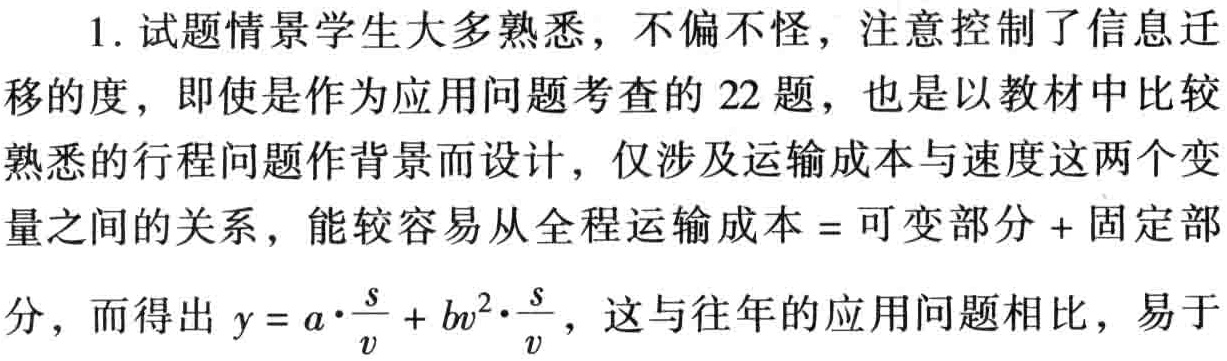
1. 试题情景学生大多熟悉，不偏不怪，注意控制了信息迁

移的度，即使是作为应用问题考查的 22 题，也是以教材中比较

熟悉的行程问题作背景而设计，仅涉及运输成本与速度这两个变

量之间的关系，能较容易从全程运输成本 = 可变部分 + 固定部

分，而得出 \(y = a\cdot\frac{s}{v}+bv^{2}\cdot\frac{s}{v}\)，这与往年的应用问题相比，易于